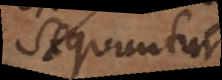
sequuntur.